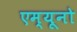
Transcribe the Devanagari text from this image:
एम्यूनो